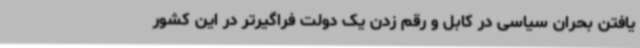
یافتن بحران سیاسی در کابل و رقم زدن یک دولت فراگیرتر در این کشور